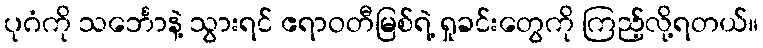
ပုဂံကို သင်္ဘောနဲ့ သွားရင် ဧရာဝတီမြစ်ရဲ့ ရှုခင်းတွေကို ကြည့်လို့ရတယ်။